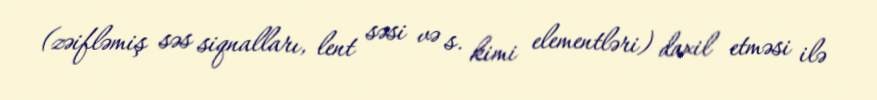
(zəifləmiş səs siqnalları, lent səsi və s. kimi elementləri) daxil etməsi ilə